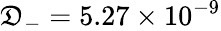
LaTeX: \mathfrak{D}_{-}=5.27\times10^{-9}